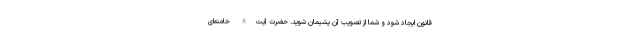
قانون ایجاد شود و شما از تصویب آن پشیمان شوید. حضرت آیت‌الله خامنه‌ای